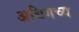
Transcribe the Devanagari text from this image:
अधिगच्य